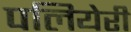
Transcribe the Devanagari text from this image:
पलियेरी